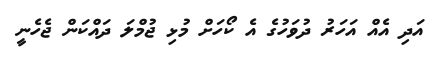
އަދި އެއް އަހަރު ދުވަހުގެ އެ ކޯހަށް މުޅި ޖުމްލަ ދައްކަން ޖެހެނީ